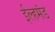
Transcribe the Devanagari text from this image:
ईल्हमंड